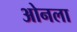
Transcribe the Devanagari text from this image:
ओनला